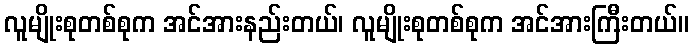
လူမျိုးစုတစ်စုက အင်အားနည်းတယ်၊ လူမျိုးစုတစ်စုက အင်အားကြီးတယ်။